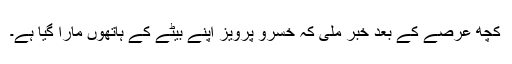
کچھ عرصے کے بعد خبر ملی کہ خسرو پرویز اپنے بیٹے کے ہاتھوں مارا گیا ہے۔